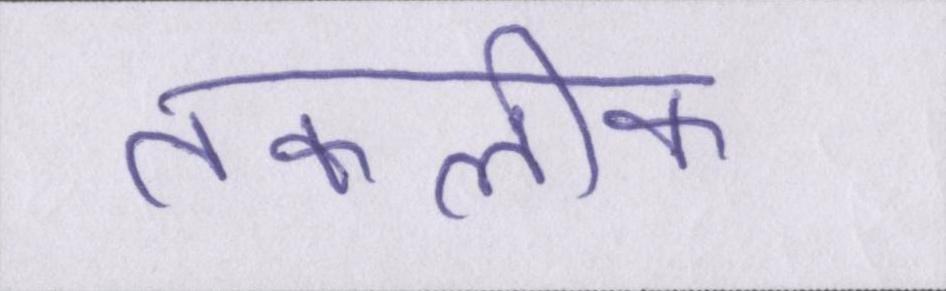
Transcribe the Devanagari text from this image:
तकलीफ